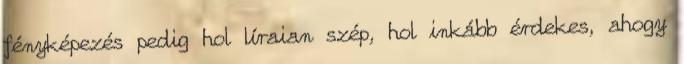
fényképezés pedig hol líraian szép, hol inkább érdekes, ahogy